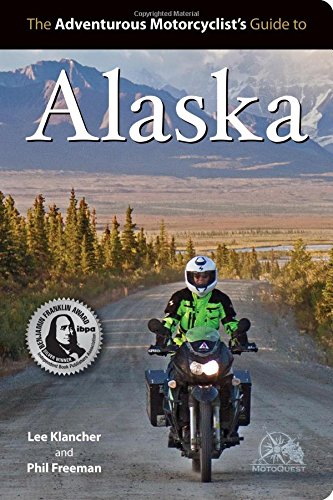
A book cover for The Adventurous Motorcyclist's Guide to Alaska; Lee Klancher; Engineering & Transportation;